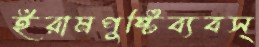
ইরামপুষ্টিব্যবস্